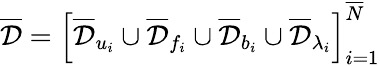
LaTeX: \mathcal{\overline{{D}}}=\left[\mathcal{\overline{{D}}}_{u_{i}}\cup\mathcal{\overline{{D}}}_{f_{i}}\cup\mathcal{\overline{{D}}}_{b_{i}}\cup\mathcal{\overline{{D}}}_{{\lambda}_{i}}\right]_{i=1}^{\overline{{N}}}